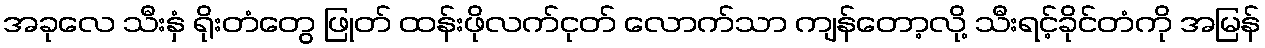
အခုလေ သီးနှံ ရိုးတံတွေ ဖြုတ် ထန်းဖိုလက်ငုတ် လောက်သာ ကျန်တော့လို့ သီးရင့်ခိုင်တံကို အမြန်